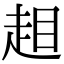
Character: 𧻃